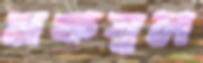
মফস্বল